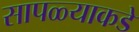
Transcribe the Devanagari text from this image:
सापळ्याकडे